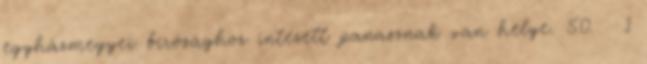
egyházmegyei bírósághoz intézett panasznak van helye. 50. § 1